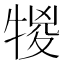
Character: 𤚠